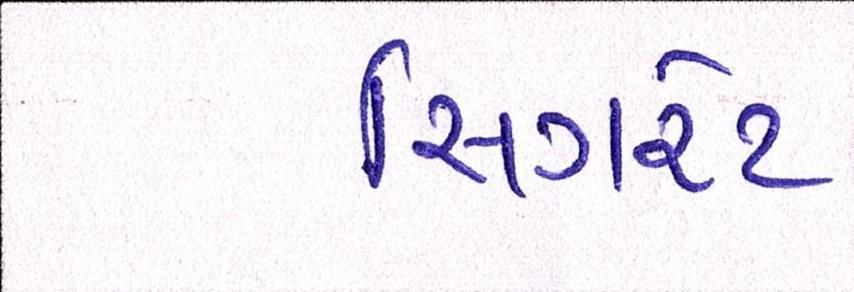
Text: સિગરેટ